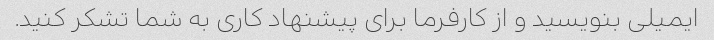
ایمیلی بنویسید و از کارفرما برای پیشنهاد کاری به شما تشکر کنید.